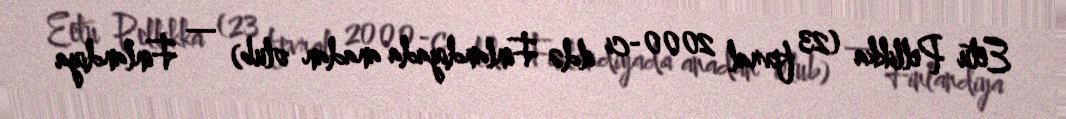
Eetu Pellikka (23 fevral 2000-ci ildə Finlandiyada anadan olub) — Finlandiya